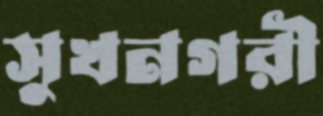
সুখনগরী